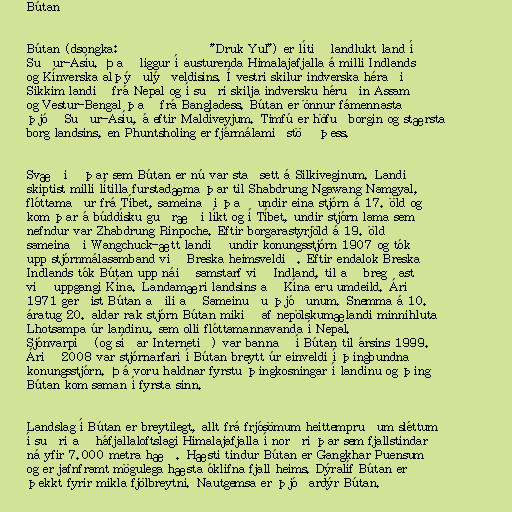
Bútan

Bútan (dsongka: འབྲུག་ཡུལ་ "Druk Yul") er lítið landlukt land í
Suður-Asíu. Það liggur í austurenda Himalajafjalla á milli Indlands
og Kínverska alþýðulýðveldisins. Í vestri skilur indverska héraðið
Sikkim landið frá Nepal og í suðri skilja indversku héruðin Assam
og Vestur-Bengal það frá Bangladess. Bútan er önnur fámennasta
þjóð Suður-Asíu, á eftir Maldíveyjum. Timfú er höfuðborgin og stærsta
borg landsins, en Phuntsholing er fjármálamiðstöð þess.

Svæðið þar sem Bútan er nú var staðsett á Silkiveginum. Landið
skiptist milli lítilla furstadæma þar til Shabdrung Ngawang Namgyal,
flóttamaður frá Tíbet, sameinaði það undir eina stjórn á 17. öld og
kom þar á búddísku guðræði líkt og í Tíbet, undir stjórn lama sem
nefndur var Zhabdrung Rinpoche. Eftir borgarastyrjöld á 19. öld
sameinaði Wangchuck-ætt landið undir konungsstjórn 1907 og tók
upp stjórnmálasamband við Breska heimsveldið. Eftir endalok Breska
Indlands tók Bútan upp náið samstarf við Indland, til að bregðast
við uppgangi Kína. Landamæri landsins að Kína eru umdeild. Árið
1971 gerðist Bútan aðili að Sameinuðu þjóðunum. Snemma á 10.
áratug 20. aldar rak stjórn Bútan mikið af nepölskumælandi minnihluta
Lhotsampa úr landinu, sem olli flóttamannavanda í Nepal.
Sjónvarpið (og síðar Internetið) var bannað í Bútan til ársins 1999.
Árið 2008 var stjórnarfari í Bútan breytt úr einveldi í þingbundna
konungsstjórn. Þá voru haldnar fyrstu þingkosningar í landinu og þing
Bútan kom saman í fyrsta sinn.

Landslag í Bútan er breytilegt, allt frá frjósömum heittempruðum sléttum
í suðri að háfjallaloftslagi Himalajafjalla í norðri þar sem fjallstindar
ná yfir 7.000 metra hæð. Hæsti tindur Bútan er Gangkhar Puensum
og er jafnframt mögulega hæsta óklifna fjall heims. Dýralíf Bútan er
þekkt fyrir mikla fjölbreytni. Nautgemsa er þjóðardýr Bútan.